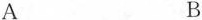
A B